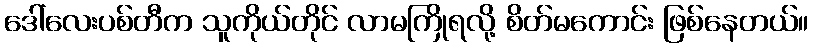
ဒေါ်လေးပစ်တီက သူကိုယ်တိုင် လာမကြိုရလို့ စိတ်မကောင်း ဖြစ်နေတယ်။